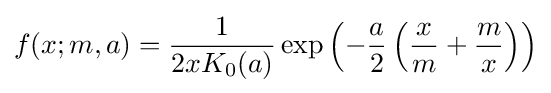
f(x;m,a)={\frac {1}{2xK_{0}(a)}}\exp \left(-{\frac {a}{2}}\left({\frac {x}{m}}+{\frac {m}{x}}\right)\right)